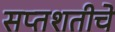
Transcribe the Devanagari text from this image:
सप्तशतीचे